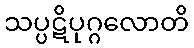
သပ္ပဋိပုဂ္ဂလောတိ